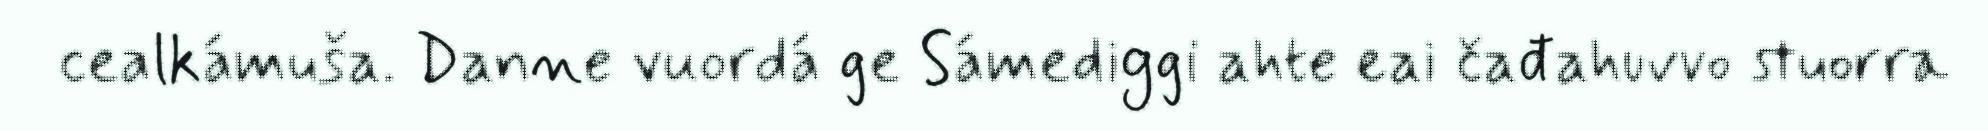
cealkámuša. Danne vuordá ge Sámediggi ahte eai čađahuvvo stuorra